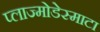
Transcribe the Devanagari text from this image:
प्लाज्मोडेस्माटा